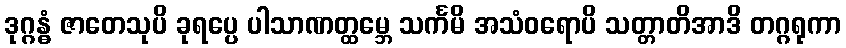
ဒုဂ္ဂန္ဓံ ဇာတေသုပိ ခုရပ္ပေ ပါသာဏတ္ထမ္ဘေ သင်္ကမိ အသံဝရောပိ သတ္တာတိအာဒိ တဂ္ဂရုကာ